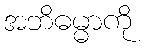
အဘိဓမ္မာကို